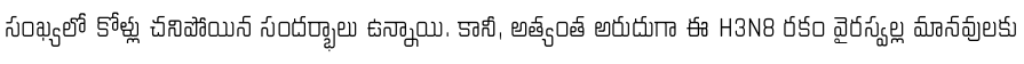
సంఖ్యలో కోళ్లు చనిపోయిన సందర్భాలు ఉన్నాయి. కానీ, అత్యంత అరుదుగా ఈ H3N8 రకం వైరస్వల్ల మానవులకు